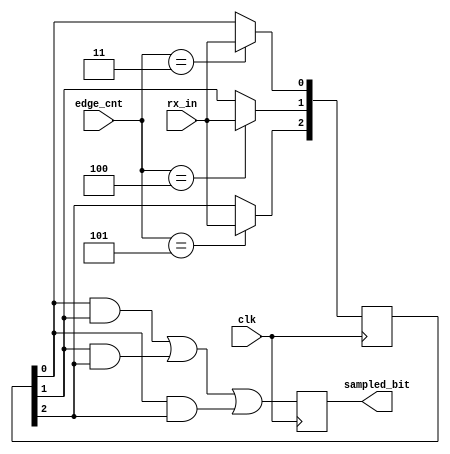
module data_sampling (
input wire              clk      ,
input wire              rx_in    ,
input wire   [2:0]      edge_cnt ,
//input wire            bit_cnt,  
output reg              sampled_bit
);

//internal 
reg          [2:0]      temp;

//RTL
always @(posedge clk ) begin
    if (edge_cnt == 3'b011 /*| edge_cnt == 3'b100 | edge_cnt == 3'b101*/)
    begin
       temp[0] <= rx_in ;
    end

    if (edge_cnt == 3'b100 )
    begin
       temp[1] <= rx_in ;
    end

    if (edge_cnt == 3'b101 )
    begin
       temp[2] <= rx_in ;
    end

sampled_bit <= (temp[0] && temp[1]) || (temp[1] && temp[2]) || (temp[0] && temp[2]) ;


end

endmodule